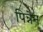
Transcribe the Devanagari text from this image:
पिन्नेन